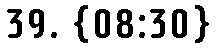
39. {08:30}